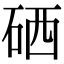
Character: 硒